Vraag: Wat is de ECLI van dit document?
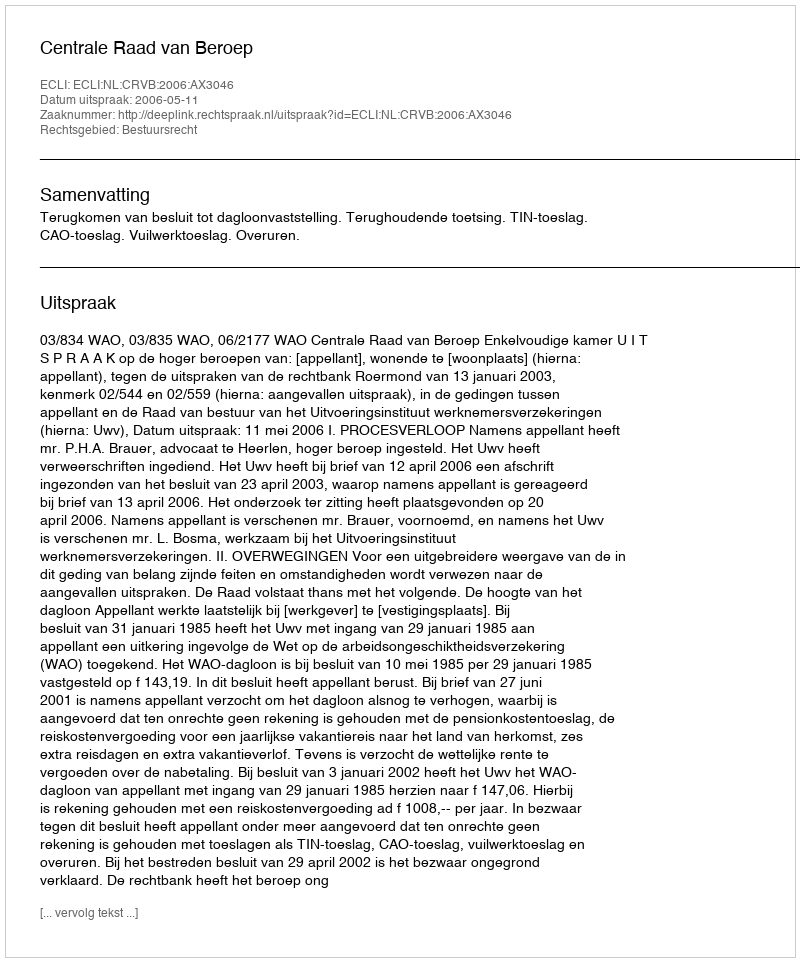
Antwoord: ECLI:NL:CRVB:2006:AX3046